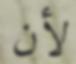
لأن